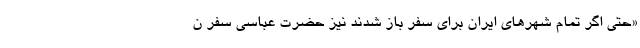
«حتی اگر تمام شهرهای ایران برای سفر باز شدند نیز حضرت عباسی سفر ن